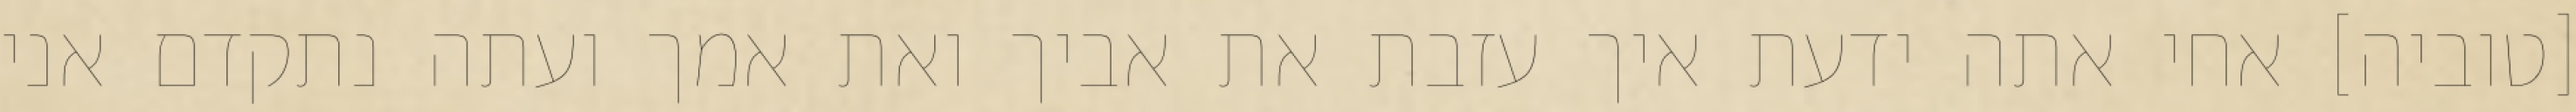
[טוביה] אחי אתה ידעת איך עזבת את אביך ואת אמך ועתה נתקדם אני